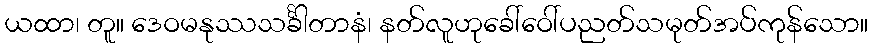
ယထာ၊ တူ။ ဒေဝမနုဿသင်္ခါတာနံ၊ နတ်လူဟုခေါ်ဝေါ်ပညတ်သမုတ်အပ်ကုန်သော။